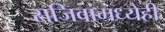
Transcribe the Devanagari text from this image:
सजिवांमध्येही